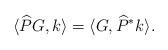
LaTeX: \begin{align*} \langle \widehat{P}G, k \rangle = \langle G, \widehat{P}^*k\rangle. \end{align*}